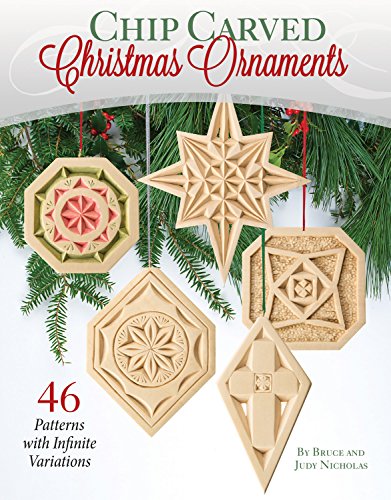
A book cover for Chip Carved Christmas Ornaments: 20 Patterns with Infinite Variations; Bruce Nicholas; Crafts, Hobbies & Home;